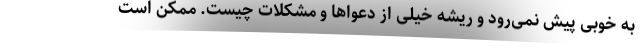
به خوبی پیش نمی‌رود و ریشه خیلی از دعواها و مشکلات چیست. ممکن است